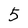
Character: 5